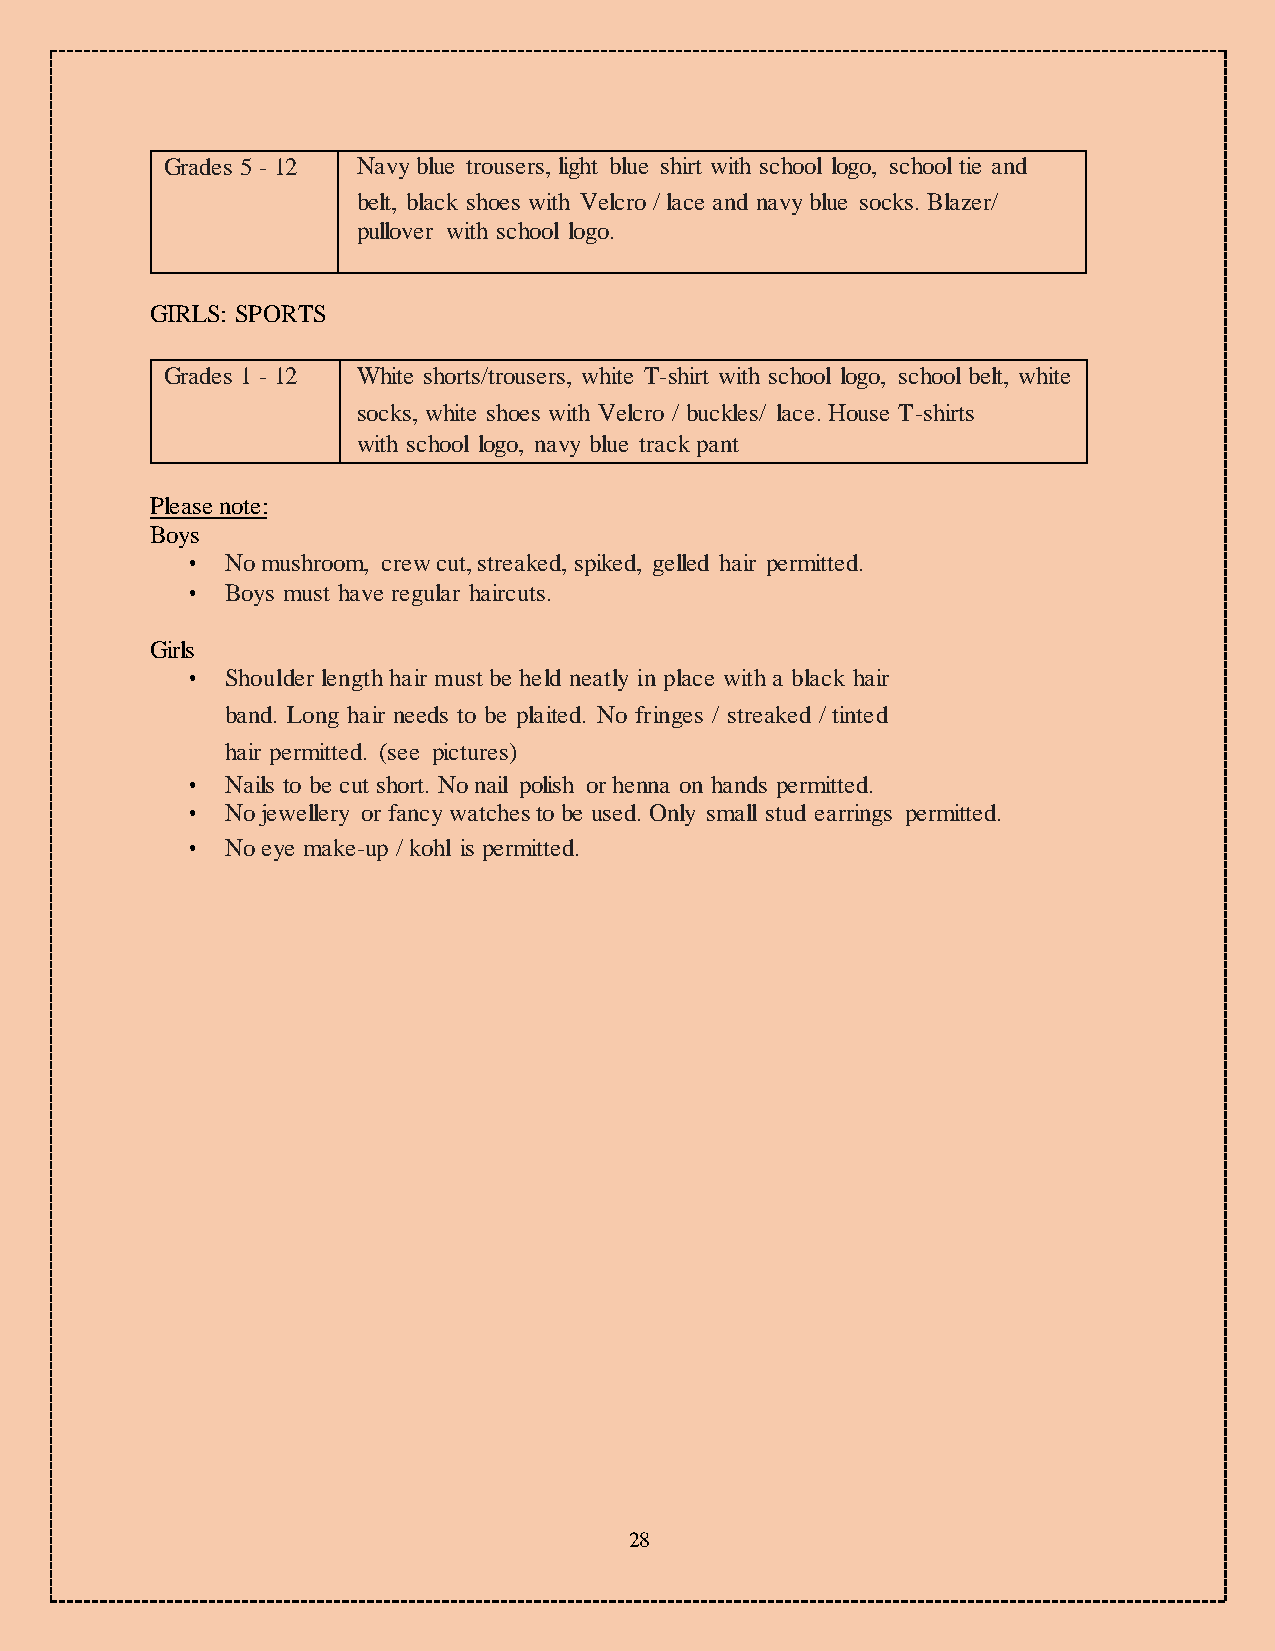
Grades 5 - 12 Navy blue trousers, light blue shirt with school logo, school tie and
 belt, black shoes with Velcro / lace and navy blue socks. Blazer/
 pullover with school logo.
 GIRLS: SPORTS
 Grades 1 - 12 White shorts/trousers, white T-shirt with school logo, school belt, white
 socks, white shoes with Velcro / buckles/ lace. House T-shirts
 with school logo, navy blue track pant
 Please note:
 Boys
 •  No mushroom, crew cut, streaked, spiked, gelled hair permitted.
 •  Boys must have regular haircuts.
 Girls
 •  Shoulder length hair must be held neatly in place with a black hair
 band. Long hair needs to be plaited. No fringes / streaked / tinted
 hair permitted. (see pictures)
 •  Nails to be cut short. No nail polish or henna on hands permitted.
 •  No jewellery or fancy watches to be used. Only small stud earrings permitted.
 •  No eye make-up / kohl is permitted.
 28